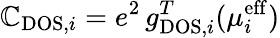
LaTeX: \mathbb{C}_{\mathrm{{DOS}},i}=e^{2}\, g_{\mathrm{{DOS}},i}^{T}(\mu_{i}^{\mathrm{{eff}}})